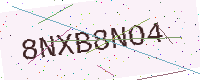
Text: 8NXB8NO4